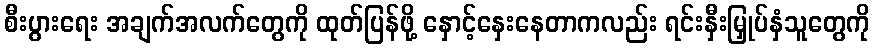
စီးပွားရေး အချက်အလက်တွေကို ထုတ်ပြန်ဖို့ နှောင့်နှေးနေတာကလည်း ရင်းနှီးမြှုပ်နှံသူတွေကို